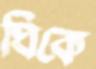
ঘিকে